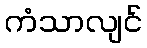
ကံသာလျင်